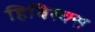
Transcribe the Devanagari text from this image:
हिबिस्क्‍स